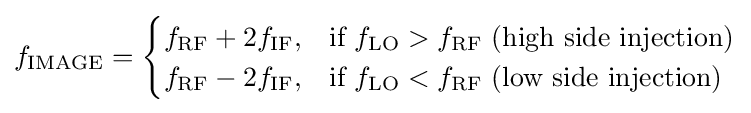
f_{\mathrm  }={\begin{cases}f_{\mathrm {RF} }+2f_{\mathrm {IF} },&{\text{if }}f_{\mathrm {LO} }>f_{\mathrm {RF} }{\text{   (high side injection)}}\\f_{\mathrm {RF} }-2f_{\mathrm {IF} },&{\text{if }}f_{\mathrm {LO} }<f_{\mathrm {RF} }{\text{  (low side injection)}}\end{cases}}